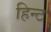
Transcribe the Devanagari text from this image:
हिन्ट